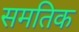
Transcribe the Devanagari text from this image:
समतिक